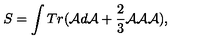
S = \int T r ( { \cal A } d { \cal A } + \frac { 2 } { 3 } { \cal A } { \cal A } { \cal A } ) ,